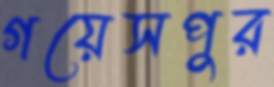
গয়েসপুর